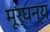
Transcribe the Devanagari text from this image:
मूर्घन्य